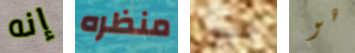
إنه منظره ميول هو